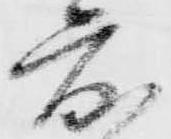
度